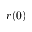
r ( 0 )